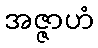
အဇ္ဇာဟံ